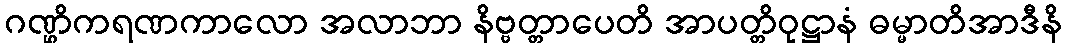
ဂဏ္ဌိကရဏကာလော အလာဘာ နိဗ္ဗတ္တာပေတိ အာပတ္တိဝုဋ္ဌာနံ ဓမ္မာတိအာဒီနိ